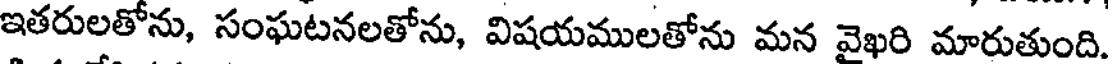
ఇతరులతోను, సంఘటనలతోను, విషయములతోను మన వైఖరి మారుతుంది.